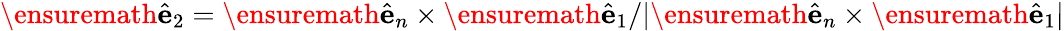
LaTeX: \ensuremath{\hat{\mathbf{e}}}_{2}=\ensuremath{\hat{\mathbf{e}}}_{n}\times\ensuremath{\hat{\mathbf{e}}}_{1}/|\ensuremath{\hat{\mathbf{e}}}_{n}\times\ensuremath{\hat{\mathbf{e}}}_{1}|